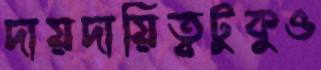
দায়দায়িত্বটুকুও